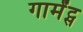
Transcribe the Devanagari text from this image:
गार्मेंट्स